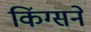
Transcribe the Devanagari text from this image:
किंग्सने